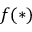
f ( * )